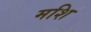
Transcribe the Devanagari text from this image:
मशि